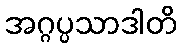
အဂ္ဂပ္ပသာဒါတိ